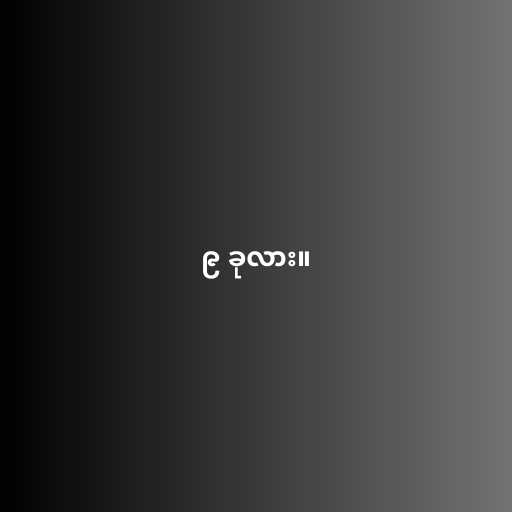
၉ ခုလား။